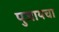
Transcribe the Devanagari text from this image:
पुजायचा